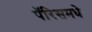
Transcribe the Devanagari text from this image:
पॅरिसमधे